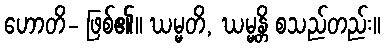
ဟောတိ- ဖြစ်၏။ ဃမ္မတိ, ဃမ္မန္တိ စသည်တည်း။